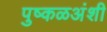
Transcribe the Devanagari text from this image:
पुष्कळअंशी